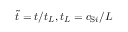
\tilde { t } = t / t _ { L } , t _ { L } = c _ { \mathrm { S } i } / { L }